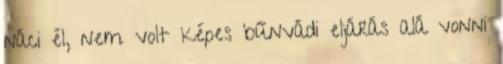
náci él, nem volt képes bűnvádi eljárás alá vonni